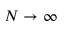
N \rightarrow \infty